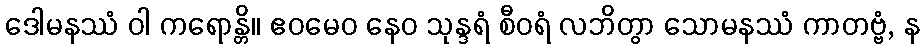
ဒေါမနဿံ ဝါ ကရောန္တိ။ ဧဝမေဝ နေဝ သုန္ဒရံ စီဝရံ လဘိတွာ သောမနဿံ ကာတဗ္ဗံ, န